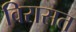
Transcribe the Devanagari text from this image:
विरासत